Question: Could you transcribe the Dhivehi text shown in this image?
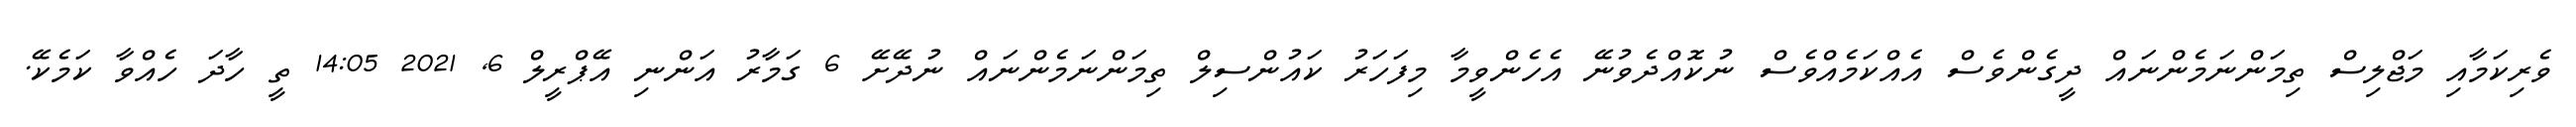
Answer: ވެރިކަމާއި މަޖްލިސް ތިމަންނަމެންނައް ދީގެންވެސް އެއްކަމެއްވެސް ނުކޮއްދެވުނޭ އެހެންވީމާ މިފަހަރު ކައުންސިލް ތިމަންނަމެންނައް ނުދޭށޭ 6 ގަމާރު އަންނި އޭޕްރީލް 6, 2021 14:05 ތީ ހާދަ ހެއްވާ ކަމެކޭ.